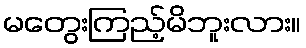
မတွေးကြည့်မိဘူးလား။